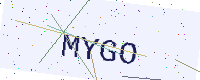
Text: MYGO